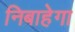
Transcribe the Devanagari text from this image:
निबाहेगा